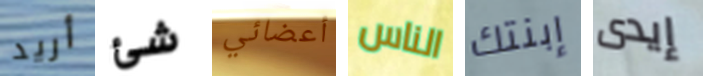
أريد شئ أعضائي الناس إبنتك إيدى